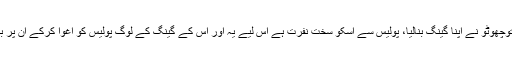
اس کے جیل میں بننے والے دوست جیل سے باہر آئے توچھوٹو نے اپنا گینگ بنالیا، پولیس سے اسکو سخت نفرت ہے اس لیے یہ اور اس کے گینگ کے لوگ پولیس کو اغوا کرکے ان پر بدترین تشدد کرتے یا ان کو دیکھتے ہی گولی مار دیتے۔